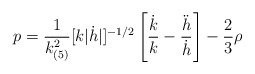
\begin{align*}p=\frac{1}{k_{(5)}^2}[k|\dot{h}|]^{-1/2}\left[\frac{\dot{k}}{k}-\frac{\ddot{h}}{\dot{h}}\right]-\frac{2}{3}\rho\end{align*}